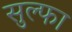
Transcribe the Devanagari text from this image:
सुल्फा